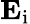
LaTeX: \mathbf{E}_{\mathrm{i}}